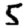
Digit: 5